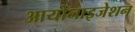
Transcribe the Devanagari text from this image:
आयोनाइजेशन